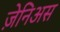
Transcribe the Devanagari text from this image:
ज़ेनिअस